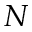
N